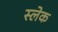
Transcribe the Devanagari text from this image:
स्लेक